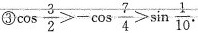
③$$\cos \frac{3}{2}>-\cos \frac{7}{4}>\sin \frac{1}{10}$$.